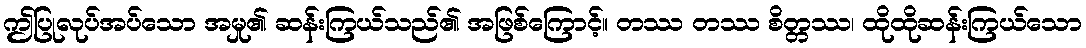
ဤပြုလုပ်အပ်သော အမှု၏ ဆန်းကြယ်သည်၏ အဖြစ်ကြောင့်။ တဿ တဿ စိတ္တဿ၊ ထိုထိုဆန်းကြယ်သော